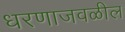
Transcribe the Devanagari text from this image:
धरणाजवळील